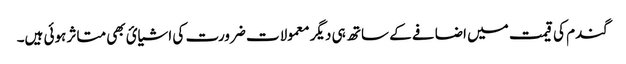
گندم کی قیمت میں اضافے کے ساتھ ہی دیگر معمولات ضرورت کی اشیائ بھی متاثر ہوئی ہیں۔